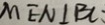
M E N \bot B A